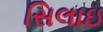
સિલાઇ